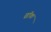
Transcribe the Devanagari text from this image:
व्रॉक